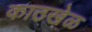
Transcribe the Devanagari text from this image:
काठखेळ